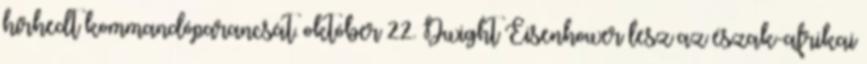
hírhedt kommandóparancsát. október 22. Dwight Eisenhower lesz az észak-afrikai